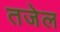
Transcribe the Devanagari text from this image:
तजेल